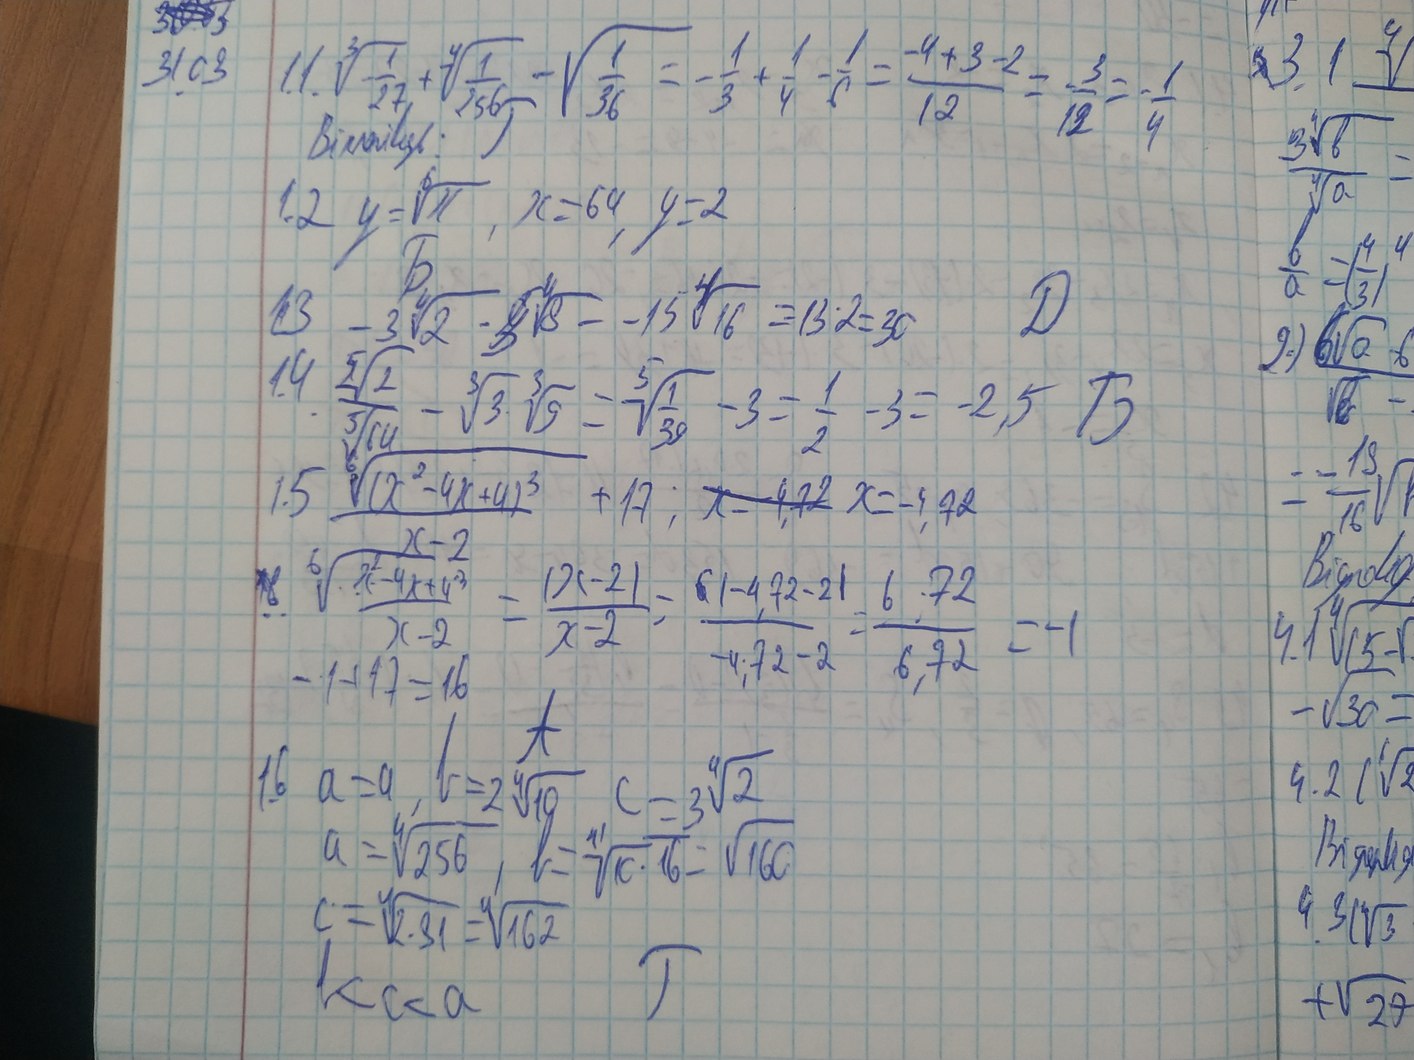
~~30.03~~
~~2~~ 3.1 ∜
1.1 \sqrt[3]{-\frac{1}{27}} + \sqrt[4]{\frac{1}{256}} - \sqrt{\frac{1}{36}} = -\frac{1}{3} + \frac{1}{4} - \frac{1}{6} = \frac{-4+3-2}{12} = -\frac{3}{12} = -\frac{1}{4}
31.03
Г
Відповідь:
3∜b/∜a =
1.2 y = \sqrt[6]{x} , x=64, y=2
b/a=(4/3)⁴
Б
1.3  -3 ∜2 ∙ 5 ∜8 = -15 ∜16 = -13 ∙ 2 = 30
Д
2) \frac{\sqrt[6]{a} - 6}{\sqrt{6} -}
1.4. \frac{\sqrt[5]{2}}{\sqrt[5]{64}} - \sqrt[3]{3} \cdot \sqrt[3]{9} = \sqrt[5]{\frac{1}{39}} - 3 = \frac{1}{2} - 3 = -2,5
Б
- \frac{19}{16} \sqrt{l}
1.5 \frac{\sqrt[6]{(x^2-4x+4)^3}}{x-2} + 17 ; ~~x = -4,72 ~~ x = -4,72
Відповід
~~1.6~~. \frac{\sqrt[6]{(x^2-4x+4)^3}}{x-2} = \frac{|x-2|}{x-2} = \frac~~6~~{(-4,72-2)}{-4;72-2} = \frac{6:72}{-6,72} = -1
4.1 ∜ (5-√
-\sqrt{30}=
А
1.6 a=a,  b=2 ∜10,  c-3∜2
4.2 (\sqrt[6]{2}
Відповід
a = \sqrt[4]{256}, b = \sqrt[4]{10 \cdot 16} = \sqrt{160}
4.3 (\sqrt{3}
c =  ∜2 ∙ 91 =  ∜162
Г
kc<a
+\sqrt{27}